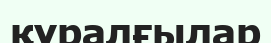
құралғылар